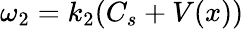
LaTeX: \omega_{2}=k_{2}(C_{s}+V(x))